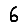
Digit: 6